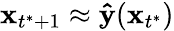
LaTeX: \mathbf x_{t^{*}+1}\approx\mathbf{\hat{y}}(\mathbf x_{t^{*}})